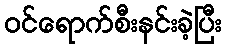
ဝင်ရောက်စီးနင်းခဲ့ပြီး